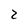
Character: 2